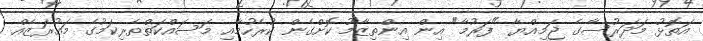
އަތޮޅު މަދަރުސާގެ ޖަމިއްޔާ "ފަރުމާ" އިން އިންތިޒާމު ކޮށްގެން ކުރެހުމާއި މަސައްކަތްތެރިކަމުގެ މައުރަޒެއް